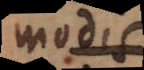
modis